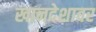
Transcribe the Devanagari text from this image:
खानदेशावर